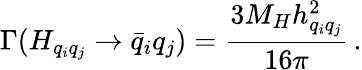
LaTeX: \Gamma(H_{q_{i}q_{j}}\rightarrow\bar{q}_{i}q_{j})=\frac{3M_{H}h_{q_{i}q_{j}}^{2}}{16\pi}\, .